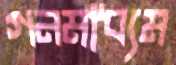
গনমাধ্যম